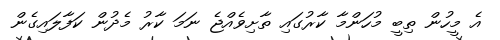
އެ މީހުން ތިބީ މުހަންމާ ކާރުގައި ތާށިވެއްޖެ ނަމަ ކާރު މެދުން ކަފާލައިގެން